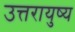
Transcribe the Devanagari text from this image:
उत्तरायुष्य